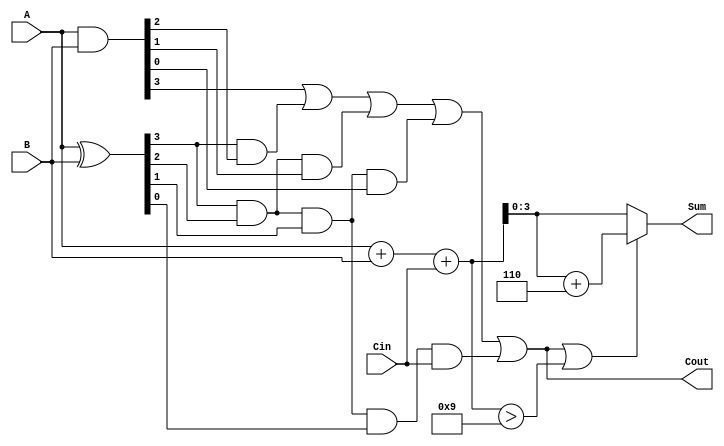
module BCD_Carry_Lookahead_Adder (
    input  [3:0] A,      // BCD input A
    input  [3:0] B,      // BCD input B
    input        Cin,     // Carry input
    output [3:0] Sum,     // BCD Sum output
    output       Cout      // Carry output
);

    // Internal signals
    wire [3:0] P;  // Propagate signals
    wire [3:0] G;  // Generate signals
    wire [4:0] C;  // Carry signals
    wire [4:0] RawSum; // Raw sum including carry

    // Generate and Propagate calculations
    assign P = A ^ B; // P[i] = A[i] XOR B[i]
    assign G = A & B; // G[i] = A[i] AND B[i]
    
    // Carry lookahead logic
    assign C[0] = Cin;
    assign C[1] = G[0] | (P[0] & C[0]);
    assign C[2] = G[1] | (P[1] & G[0]) | (P[1] & P[0] & C[0]);
    assign C[3] = G[2] | (P[2] & G[1]) | (P[2] & P[1] & G[0]) | (P[2] & P[1] & P[0] & C[0]);
    assign C[4] = G[3] | (P[3] & G[2]) | (P[3] & P[2] & G[1]) | (P[3] & P[2] & P[1] & G[0]) | (P[3] & P[2] & P[1] & P[0] & C[0]);

    // Calculate raw sum
    assign RawSum = A + B + Cin;

    // Determine final sum and carry out
    assign Sum = (C[4] || (RawSum > 9)) ? (RawSum + 4'b0110) : RawSum; // Add 6 if necessary
    assign Cout = C[4]; // Carry out

endmodule